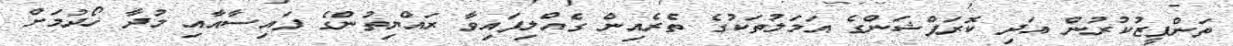
ތަންފީޒުކުރުން އަދި ކޮރަޕްޝަންގެ އަމަލުތަކުގެ ތެރެއިން ގެއްލިފައިވާ ރައްޔިތުންގެ ފައިސާއާއި މުދާ ހޯދުމަށް